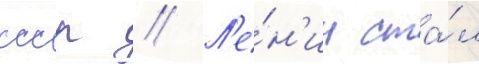
ссср // Л'е́н'ин ста́л